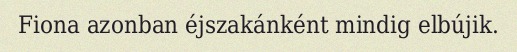
Fiona azonban éjszakánként mindig elbújik.